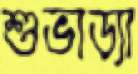
শুভাড্যা